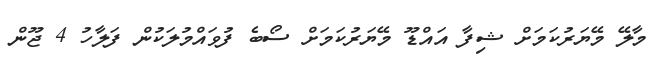
މާލޭ މޭޔަރުކަމަށް ޝިފާ އައްޑޫ މޭޔަރުކަމަށް ސޯބެ ފުވައްމުލަކުން ފަލާހު 4 ޖޫން